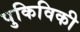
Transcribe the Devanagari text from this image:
पुकिविकी